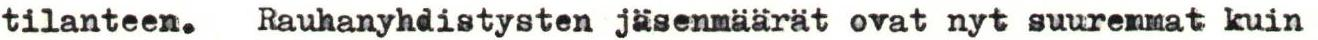
tilanteen. Rauhanyhdistysten jäsenmäärät ovat nyt suuremmat kuin